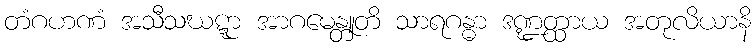
တံဂဟဏံ အသီသဃဋ္ဋာ အာဂမေန္တူတိ သာရဂန္ဓာ ဒဏ္ဍတ္ထာယ အတုလိယာနိ